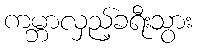
ကမ္ဘာလှည့်ခရီးသွား